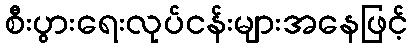
စီးပွားရေးလုပ်ငန်းများအနေဖြင့်